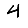
Digit: 4